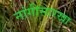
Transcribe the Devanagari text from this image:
नांगीसारखा